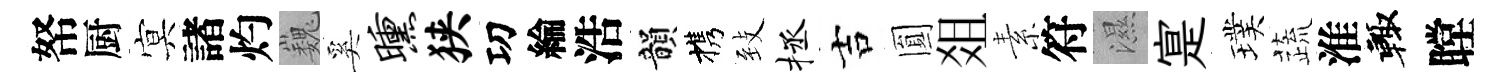
帑厨㝠諸灼巍奚曛狭㓛綸浩韻携𦤺拯吉圎爼素符濕寔璞蔬淮輙瞠